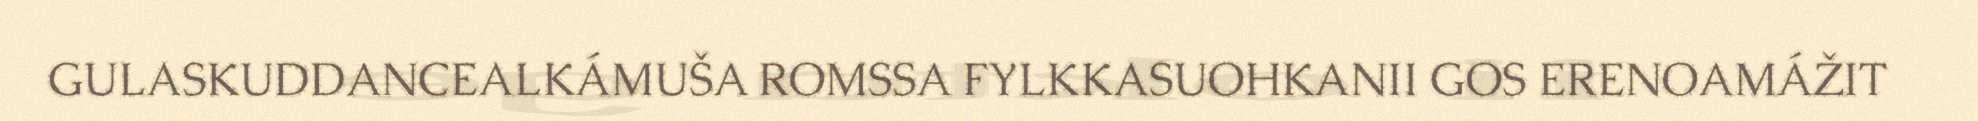
GULASKUDDANCEALKÁMUŠA ROMSSA FYLKKASUOHKANII GOS ERENOAMÁŽIT